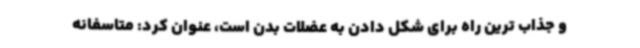
و جذاب ترین راه برای شکل دادن به عضلات بدن است، عنوان کرد: متاسفانه